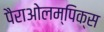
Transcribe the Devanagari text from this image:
पैराओलम्पिक्स